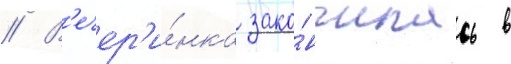
// В'ечер'и́нка зако́нчилась в